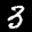
Label: 3